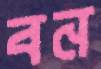
বন